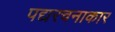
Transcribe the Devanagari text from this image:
पद्यरचनाकार